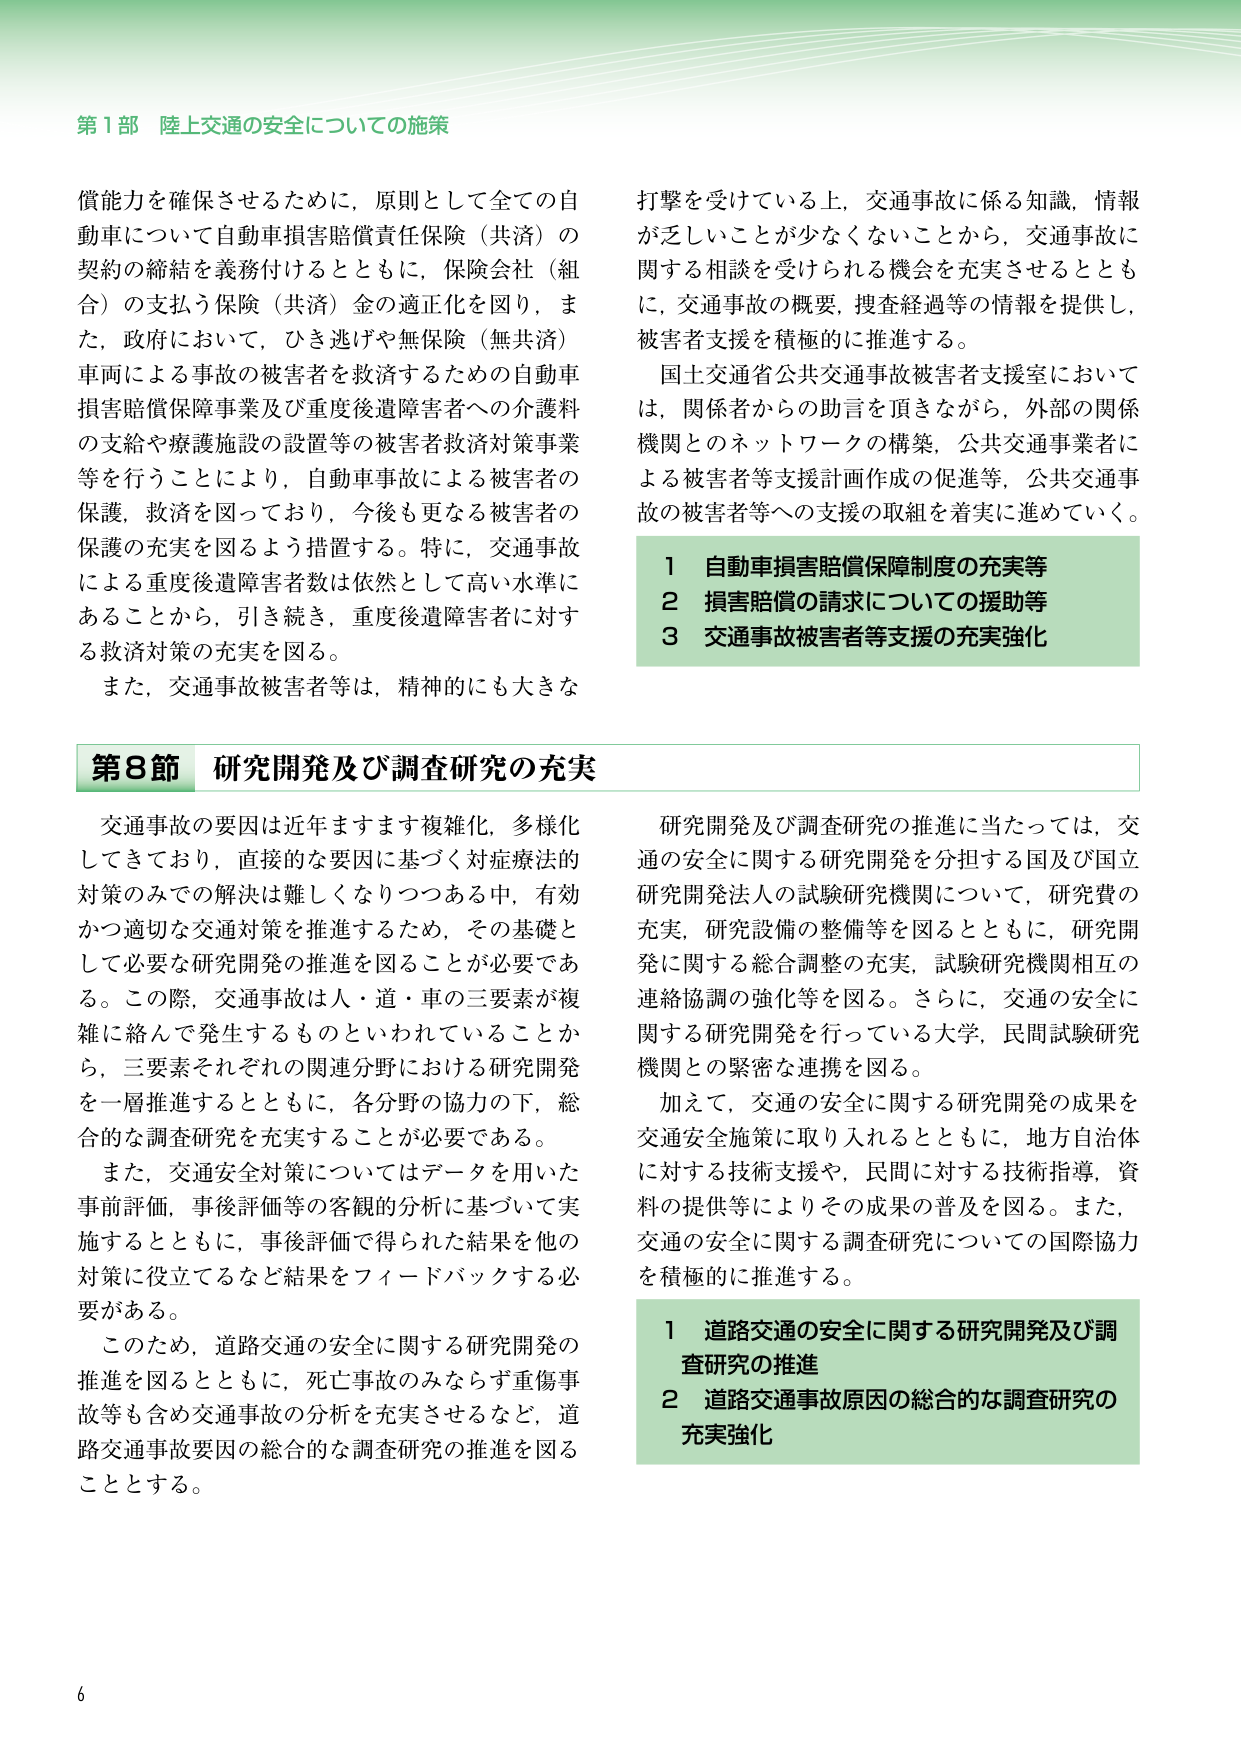
第1部 陸上交通の安全についての施策

償能力を確保させるために、原則として全ての自動車について自動車損害賠償責任保険（共済）の契約の締結を義務付けるとともに、保険会社（組合）の支払う保険（共済）金の適正化を図り、また、政府において、ひき逃げや無保険（無共済）車両による事故の被害者を救済するための自動車損害賠償保障事業及び重度後遺障害者への介護料の支給や療護施設の設置等の被害者救済対策事業等を行うことにより、自動車事故による被害者の保護、救済を図っており、今後も更なる被害者の保護の充実を図るよう措置する。特に、交通事故による重度後遺障害者数は依然として高い水準にあることから、引き続き、重度後遺障害者に対する救済対策の充実を図る。

また、交通事故被害者等は、精神的にも大きな打撃を受けている上、交通事故に係る知識、情報が乏しいことが少なくないことから、交通事故に関する相談を受けられる機会を充実させるとともに、交通事故の概要、捜査経過等の情報を提供し、被害者支援を積極的に推進する。

国土交通省公共交通事故被害者支援室においては、関係者からの助言を頂きながら、外部の関係機関とのネットワークの構築、公共交通事業者による被害者等支援計画作成の促進等、公共交通事故の被害者等への支援の取組を着実に進めていく。

1 自動車損害賠償保障制度の充実等
2 損害賠償の請求についての援助等
3 交通事故被害者等支援の充実強化

第8節 研究開発及び調査研究の充実

交通事故の要因は近年ますます複雑化、多様化してきており、直接的な要因に基づく対症療法的対策のみでの解決は難しくなりつつある中、有効かつ適切な交通対策を推進するため、その基礎として必要な研究開発の推進を図ることが必要である。この際、交通事故は人・道・車の三要素が複雑に絡んで発生するものといわれていることから、三要素それぞれの関連分野における研究開発を一層推進するとともに、各分野の協力の下、総合的な調査研究を充実することが必要である。

また、交通安全対策についてはデータを用いた事前評価、事後評価等の客観的分析に基づいて実施するとともに、事後評価で得られた結果を他の対策に役立てるなど結果をフィードバックする必要がある。

このため、道路交通の安全に関する研究開発の推進を図るとともに、死亡事故のみならず重傷事故等も含め交通事故の分析を充実させるなど、道路交通事故要因の総合的な調査研究の推進を図ることとする。

研究開発及び調査研究の推進に当たっては、交通の安全に関する研究開発を分担する国及び国立研究開発法人の試験研究機関について、研究費の充実、研究設備の整備等を図るとともに、研究開発に関する総合調整の充実、試験研究機関相互の連絡協調の強化等を図る。さらに、交通の安全に関する研究開発を行っている大学、民間試験研究機関との緊密な連携を図る。

加えて、交通の安全に関する研究開発の成果を交通安全施策に取り入れるとともに、地方自治体に対する技術支援や、民間に対する技術指導、資料の提供等によりその成果の普及を図る。また、交通の安全に関する調査研究についての国際協力を積極的に推進する。

1 道路交通の安全に関する研究開発及び調査研究の推進
2 道路交通事故原因の総合的な調査研究の充実強化

6